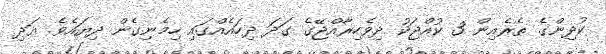
ކުދިންގެ ތެރެއިން 3 ކުއްޖަކު ދިވެހިރާއްޖޭގެ ގަދަ ދިހައެއްގައި ހިމެނިގެން ދިޔައެވެ. އަދި